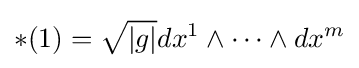
*(1)={\sqrt {|g|}}dx^{1}\wedge \dotsm \wedge dx^{m}